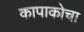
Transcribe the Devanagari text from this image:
कापाकोचा